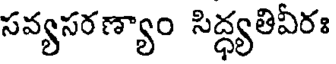
సవ్యసరణ్యాం సిద్ధ్యతివీరః